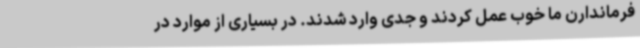
فرماندارن ما خوب عمل کردند و جدی وارد شدند. در بسیاری از موارد در